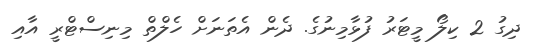
ދިގު 2 ކިލޯ މީޓަރު ފުޅާމިނުގެ. ދެން އެތަނަށް ހެލްތް މިނިސްޓްރީ އާއި